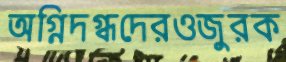
অগ্নিদগ্ধদেরওজুরক